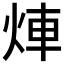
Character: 𤉖